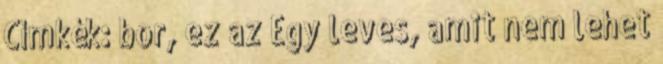
Címkék: bor, ez az Egy leves, amit nem lehet